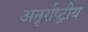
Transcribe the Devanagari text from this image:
अनृर्राष्ट्रीय